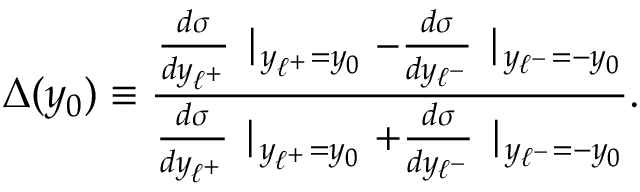
\Delta ( y _ { 0 } ) \equiv { \frac { { \frac { d { \sigma } } { d y _ { \ell ^ { + } } } } \mid _ { y _ { \ell ^ { + } } = y _ { 0 } } - { \frac { d { \sigma } } { d y _ { \ell ^ { - } } } } \mid _ { y _ { \ell ^ { - } } = - y _ { 0 } } } { { \frac { d { \sigma } } { d y _ { \ell ^ { + } } } } \mid _ { y _ { \ell ^ { + } } = y _ { 0 } } + { \frac { d { \sigma } } { d y _ { \ell ^ { - } } } } \mid _ { y _ { \ell ^ { - } } = - y _ { 0 } } } } .